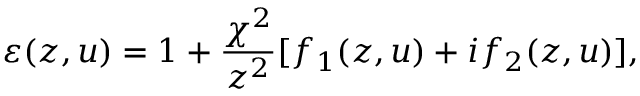
\varepsilon ( z , u ) = 1 + \frac { \chi ^ { 2 } } { z ^ { 2 } } [ f _ { 1 } ( z , u ) + i f _ { 2 } ( z , u ) ] ,